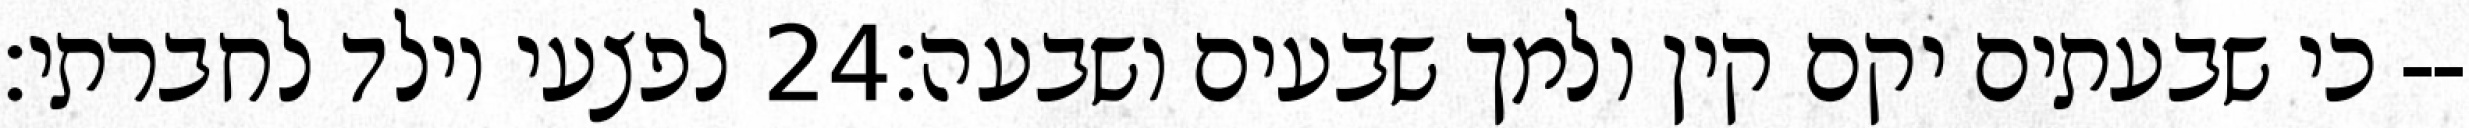
לפצעי וילד לחברתי׃ ‎24‏ כי שבעתים יקם קין ולמך שבעים ושבעה׃--